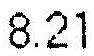
8.21